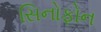
સિનોફોન